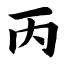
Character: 丙